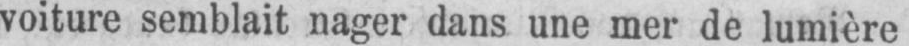
voiture semblait nager dans une mer de lumière